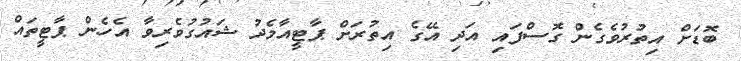
ބޮޑަށް އިތުރުވެގެން ގޮސްފައި އަދި އޭގެ އިތުރަށް ޕާޓީއާމެދު ޝައުގުވެރިވާ އެހެން ޕާޓީތައް